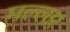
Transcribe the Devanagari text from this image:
मल्लार